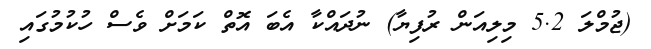
(ޖުމްލަ 5.2 މިލިއަން ރުފިޔާ) ނުދައްކާ އެބަ އޮތް ކަމަށް ވެސް ހުކުމުގައި